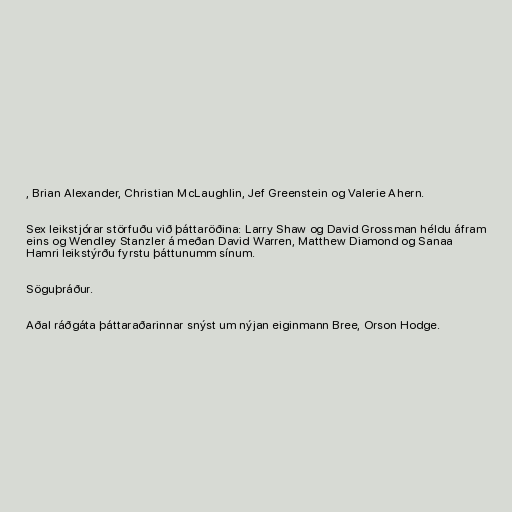
, Brian Alexander, Christian McLaughlin, Jef Greenstein og Valerie Ahern.

Sex leikstjórar störfuðu við þáttaröðina: Larry Shaw og David Grossman héldu áfram
eins og Wendley Stanzler á meðan David Warren, Matthew Diamond og Sanaa
Hamri leikstýrðu fyrstu þáttunumm sínum.

Söguþráður.

Aðal ráðgáta þáttaraðarinnar snýst um nýjan eiginmann Bree, Orson Hodge.